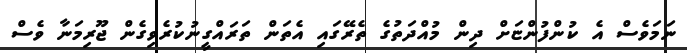
ނަމަވެސް އެ ކުންފުންޏަށް ދިން މުއްދަތުގެ ތެރޭގައި އެތަން ތަރައްގީނުކުރެވިގެން ޖޫރިމަނާ ވެސް